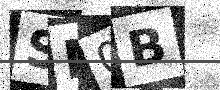
Text: SN0B